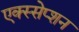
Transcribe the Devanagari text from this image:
एक्स्सेप्शन